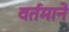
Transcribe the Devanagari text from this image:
वर्तमाने